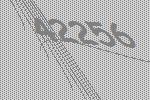
42256